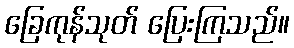
ခြေကုန်သုတ် ပြေးကြသည်။